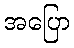
အပြော